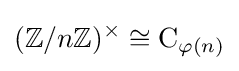
(\mathbb {Z} /n\mathbb {Z} )^{\times }\cong \mathrm {C} _{\varphi (n)}